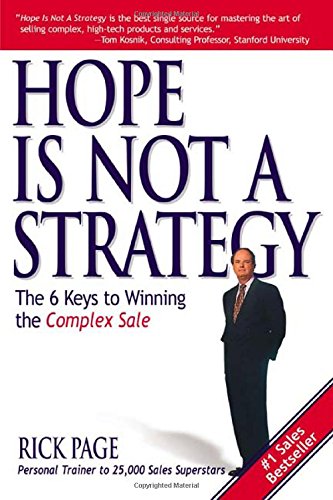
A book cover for Hope Is Not a Strategy: The 6 Keys to Winning the Complex Sale; Rick Page; Business & Money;